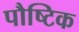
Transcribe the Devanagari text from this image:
पौष्‍िटक